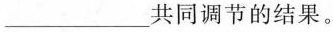
___共同调节的结果。